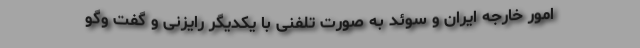
امور خارجه ایران و سوئد به صورت تلفنی با یکدیگر رایزنی و گفت وگو